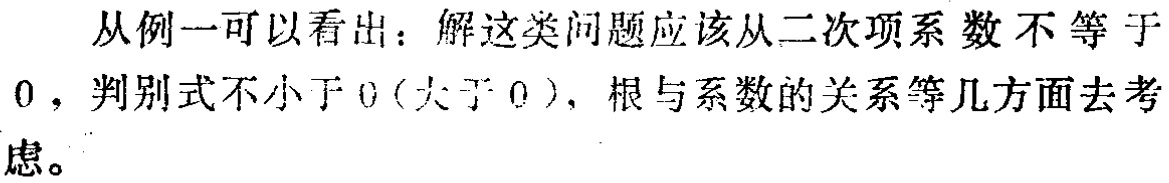
从例一可以看出：解这类问题应该从二次项系数不等于\(0\)，判别式不小于\(0\)（大于\(0\)），根与系数的关系等几方面去考虑。